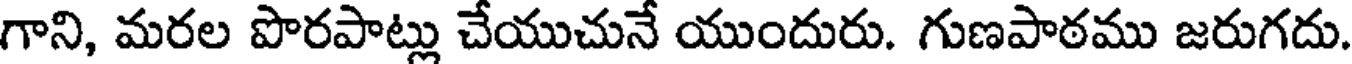
గాని, మరల పొరపాట్లు చేయుచునే యుందురు. గుణపాఠము జరుగదు.